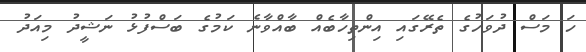
ހަ މަސް ދުވަހުގެ ތެރޭގައި އިންތިހާބެއް ބާއްވާނެ ކަމުގެ ބަސްފުޅު ނަޝީދު މިއަދު